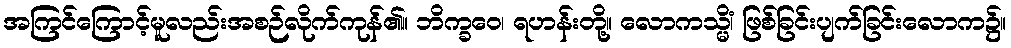
အကြင်ကြောင့်မူလည်းအစဉ်လိုက်ကုန်၏။ ဘိက္ခဝေ၊ ရဟန်းတို့။ လောကသ္မိံ၊ ဖြစ်ခြင်းပျက်ခြင်းလောက၌။